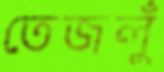
তেজলুঁ